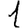
Digit: 1